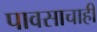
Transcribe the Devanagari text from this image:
पावसाचाही